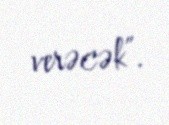
verəcək”.